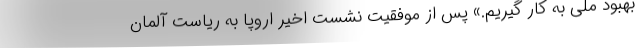
بهبود ملی به کار گیریم.» پس از موفقیت نشست اخیر اروپا به ریاست آلمان